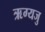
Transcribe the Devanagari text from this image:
ऋग्यजु